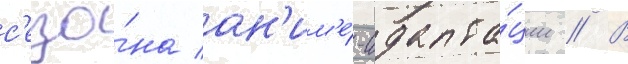
с'езо́на ан'им'е́-адапта́ции // В